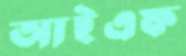
আইএফ